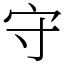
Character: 守